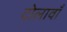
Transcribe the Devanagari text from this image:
दोलावाँ